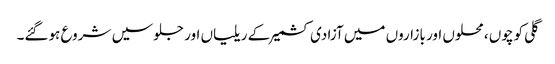
گلی کوچوں ، محلوں اور بازاروں میں آزادی کشمیر کے ریلیاں اور جلوسیں شروع ہوگئے۔